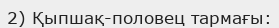
2) Қыпшақ-половец тармағы: